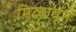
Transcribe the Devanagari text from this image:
मिळावून